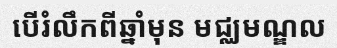
បើរំលឹកពីឆ្នាំមុន មជ្ឈមណ្ឌល